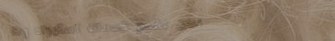
نحن نقدم خدمات استيراد وت